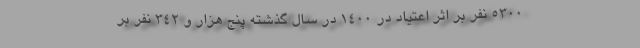
۵۳۰۰ نفر بر اثر اعتیاد در ۱۴۰۰ در سال گذشته پنج هزار و ۳۴۲ نفر بر